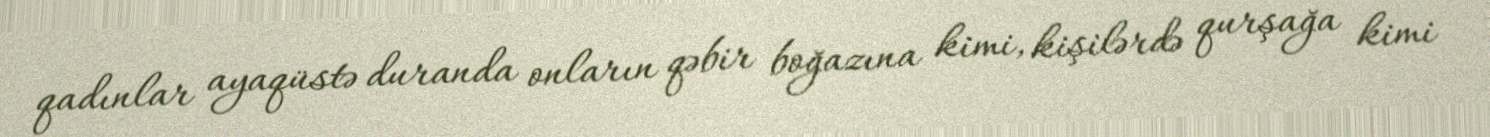
qadınlar ayaqüstə duranda onların qəbir boğazına kimi, kişilərdə qurşağa kimi